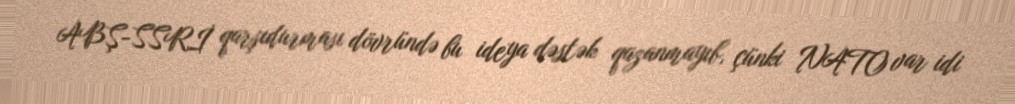
ABŞ-SSRİ qarşıdurması dövründə bu ideya dəstək qazanmayıb, çünki NATO var idi